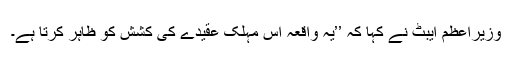
وزیراعظم ایبٹ نے کہا کہ ’’یہ واقعہ اس مہلک عقیدے کی کشش کو ظاہر کرتا ہے۔